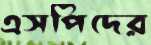
এসপিদের